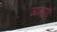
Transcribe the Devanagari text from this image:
जालपुर